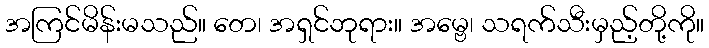
အကြင်မိန်းမသည်။ တေ၊ အရှင်ဘုရား။ အမ္ဗေ၊ သရက်သီးမှည့်တို့ကို။